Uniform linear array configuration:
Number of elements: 8
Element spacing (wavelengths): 0.75
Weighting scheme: exponential
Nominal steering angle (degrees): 30
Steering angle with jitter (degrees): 31.088
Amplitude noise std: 0.05
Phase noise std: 0.05

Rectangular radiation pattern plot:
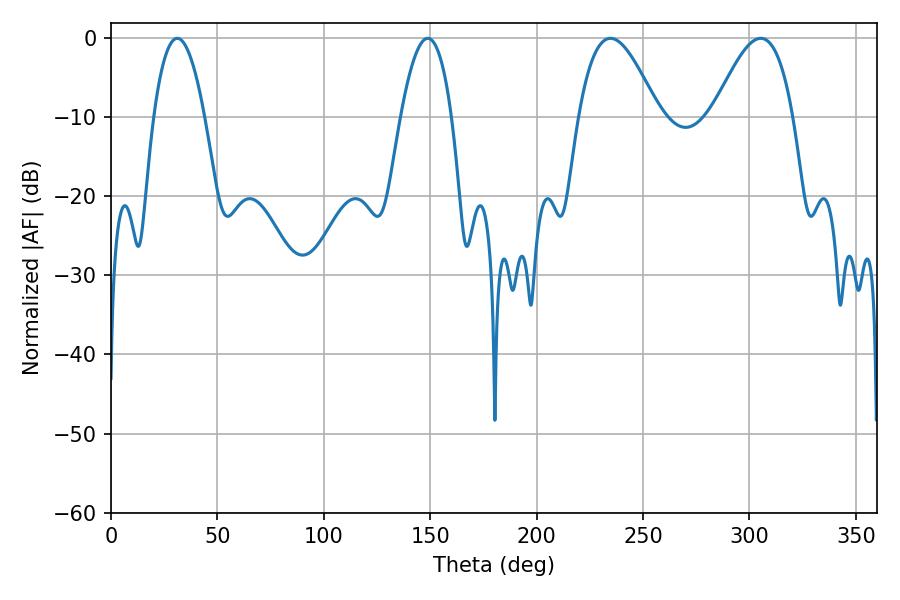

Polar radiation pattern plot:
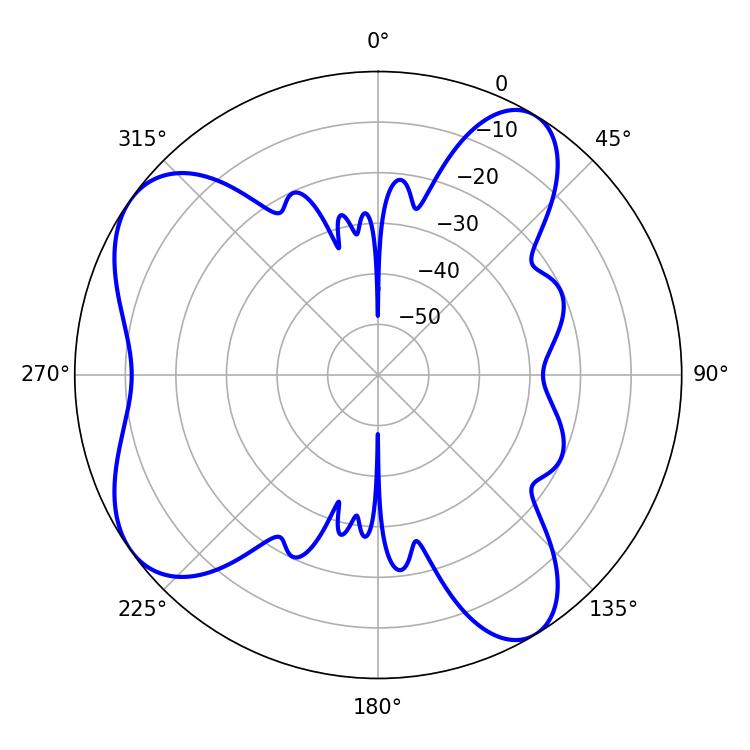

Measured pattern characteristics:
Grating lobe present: TRUE
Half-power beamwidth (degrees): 13.14
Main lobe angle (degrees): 31.14